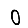
Digit: 0